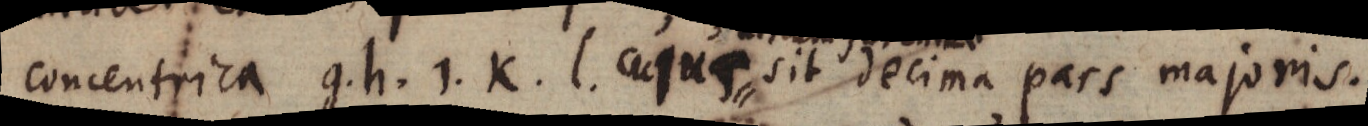
concentrica g, h, i, k, l cujus sit decima pars majoris.